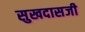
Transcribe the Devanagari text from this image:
सुखदासजी